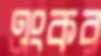
এংকর